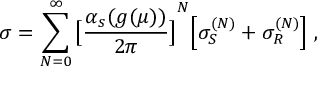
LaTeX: \sigma = \sum _ { N = 0 } ^ { \infty } { \bigl [ { \frac { \alpha _ { s } ( g ( \mu ) ) } { 2 \pi } } \bigr ] } ^ { N } \Bigl [ \sigma _ { S } ^ { ( N ) } + \sigma _ { R } ^ { ( N ) } \Bigr ] \; ,